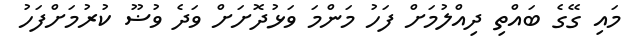
މައި ގޭގެ ބައްތި ދިއްލުމަށް ފަހު މަންމަ ވަޅުދޮށަށް ވަދެ ވުޟޫ ކުރުމަށްފަހު